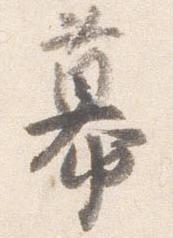
幕